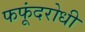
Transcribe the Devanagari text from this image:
फफूंदरोधी